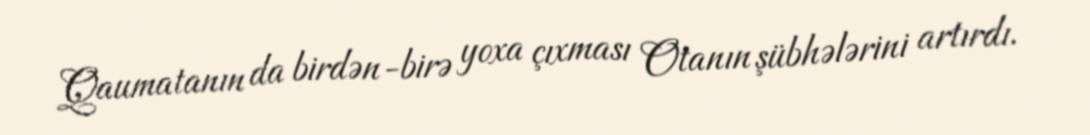
Qaumatanın da birdən-birə yoxa çıxması Otanın şübhələrini artırdı.